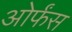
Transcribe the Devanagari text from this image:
ओर्फंस